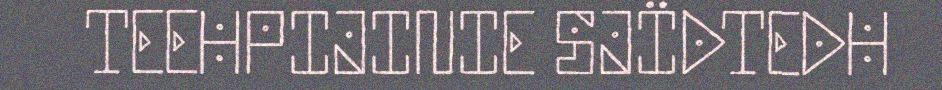
TEEHPIJINIE SJÏDTEDH